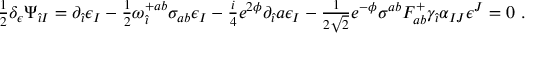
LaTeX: { \textstyle \frac { 1 } { 2 } } \delta _ { \epsilon } \Psi _ { \hat { \imath } I } = \partial _ { \hat { \imath } } \epsilon _ { I } - { \textstyle \frac { 1 } { 2 } } \omega _ { \hat { \imath } } ^ { + a b } \sigma _ { a b } \epsilon _ { I } - { \textstyle \frac { i } { 4 } } e ^ { 2 \phi } \partial _ { \hat { \imath } } a \epsilon _ { I } - { \textstyle \frac { 1 } { 2 \sqrt { 2 } } } e ^ { - \phi } \sigma ^ { a b } F _ { a b } ^ { + } \gamma _ { \hat { \imath } } \alpha _ { I J } \epsilon ^ { J } = 0 \ .